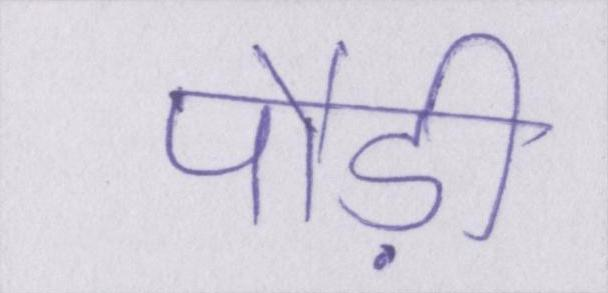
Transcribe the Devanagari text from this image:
पौड़ी